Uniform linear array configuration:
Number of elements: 8
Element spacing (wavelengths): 0.5
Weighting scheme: binomial
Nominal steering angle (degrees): -15
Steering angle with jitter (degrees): -16.17
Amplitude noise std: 0.05
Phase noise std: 0.05

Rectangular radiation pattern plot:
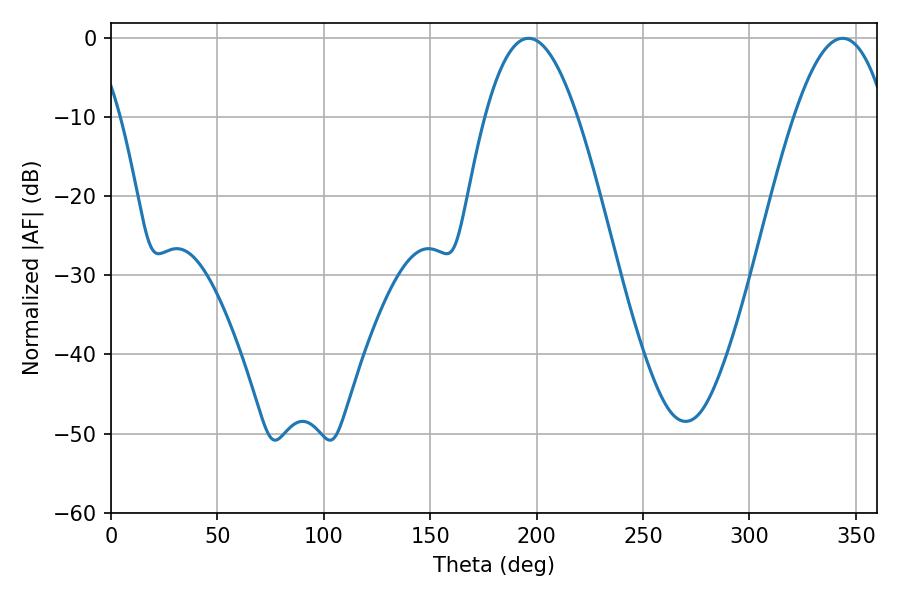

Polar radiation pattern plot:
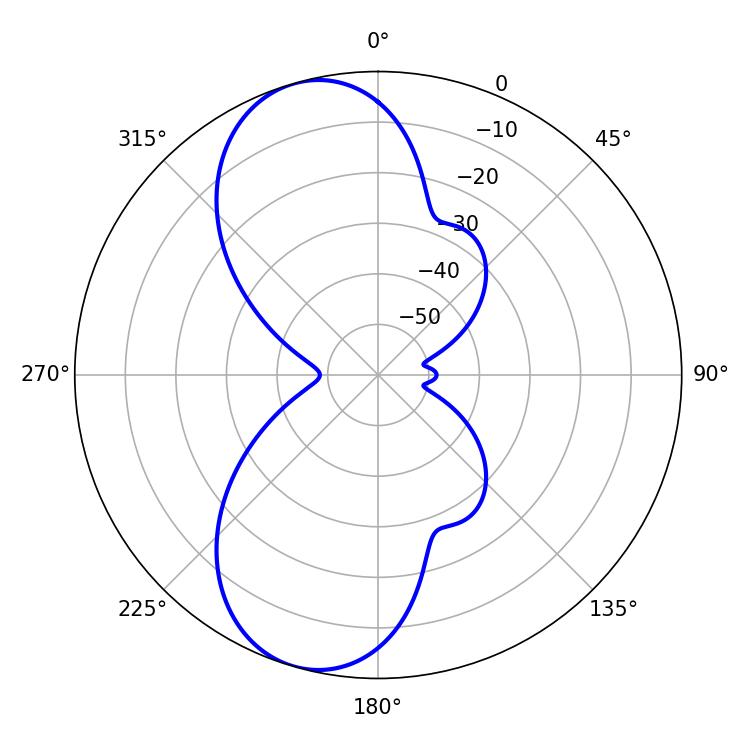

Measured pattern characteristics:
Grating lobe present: FALSE
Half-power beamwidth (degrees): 23.76
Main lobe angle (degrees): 196.2